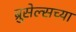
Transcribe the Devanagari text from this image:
ब्रुसेल्सच्या